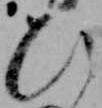
ひ